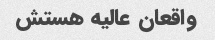
واقعان عالیه هستش